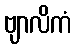
ဗျာလိကံ